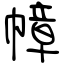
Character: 幛